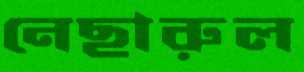
নেছারুল